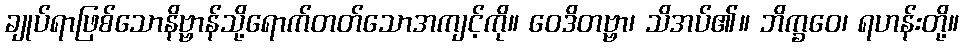
ချုပ်ရာဖြစ်သောနိဗ္ဗာန်သို့ရောက်တတ်သောအကျင့်ကို။ ဝေဒိတဗ္ဗာ၊ သိအပ်၏။ ဘိက္ခဝေ၊ ရဟန်းတို့။